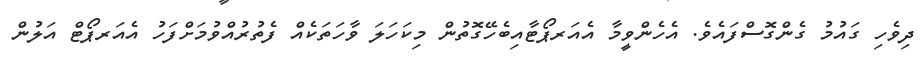
ދިވެހި ގައުމު ގެންގޮސްފައެވެ. އެހެންވީމާ އެއަރޕޯޓާއިބެހޭގޮތުން މިކަހަލަ ވާހަތަކެއް ފެތުރުއްވުމަށްފަހު އެއަރޕޯޓް އަލުން